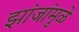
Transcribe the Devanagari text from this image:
झांजांमुळे